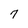
Character: 7